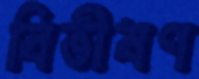
বিভীষণ